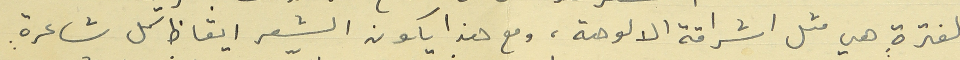
لفترةٍ هي مثل اشراقة الالوهة، ومع هذا يكون الشعر ايقاظ كل شاعرةٍ